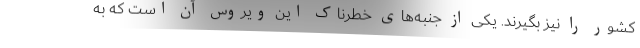
کشور را نیز بگیرند. یکی از جنبه‌های خطرناک این ویروس آن است که به